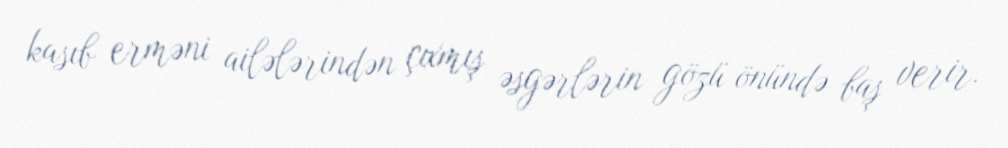
kasıb erməni ailələrindən çıxmış əsgərlərin gözü önündə baş verir.